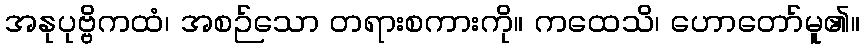
အနုပုဗ္ဗိကထံ၊ အစဉ်သော တရားစကားကို။ ကထေသိ၊ ဟောတော်မူ၏။